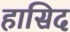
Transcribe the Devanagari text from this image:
हासिद